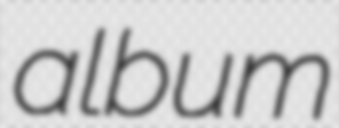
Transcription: album